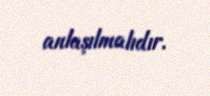
anlaşılmalıdır.